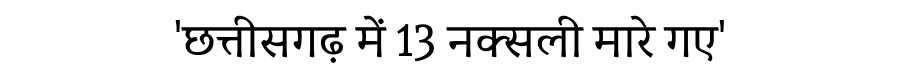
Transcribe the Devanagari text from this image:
'छत्तीसगढ़ में 13 नक्सली मारे गए'